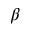
\beta